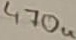
Text: 470u